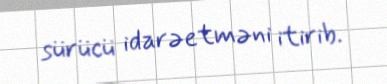
sürücü idarəetməni itirib.